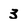
Character: 3